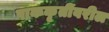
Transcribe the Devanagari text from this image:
पाककृतींवरील